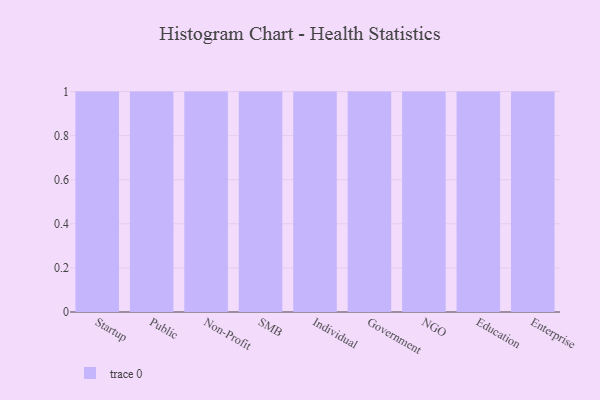
{"axis": {"x": "Segment", "y": "Conversion Rate (%)"}, "legend": [""], "data": [{"x": "Startup", "y": 44, "type": ""}, {"x": "Public", "y": 56, "type": ""}, {"x": "Non-Profit", "y": 8, "type": ""}, {"x": "SMB", "y": 48, "type": ""}, {"x": "Individual", "y": 93, "type": ""}, {"x": "Government", "y": 56, "type": ""}, {"x": "NGO", "y": 5, "type": ""}, {"x": "Education", "y": 45, "type": ""}, {"x": "Enterprise", "y": 67, "type": ""}]}